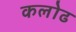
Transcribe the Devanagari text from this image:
कलोढ